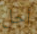
أجل